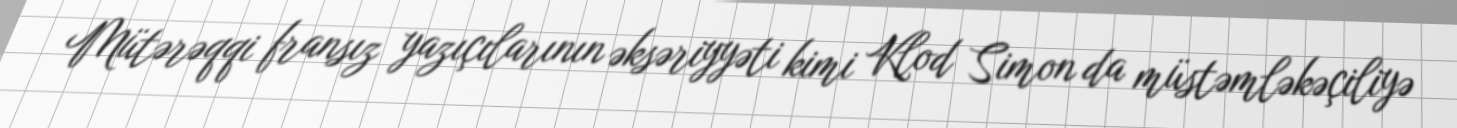
Mütərəqqi fransız yazıçılarının əksəriyyəti kimi Klod Simon da müstəmləkəçiliyə